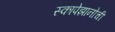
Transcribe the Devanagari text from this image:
स्कापेझानोची